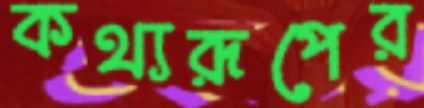
কথ্যরূপের